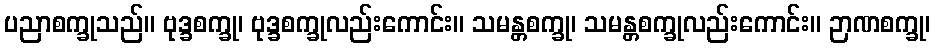
ပညာစက္ခုသည်။ ဗုဒ္ခစက္ခု၊ ဗုဒ္ခစက္ခုလည်းကောင်း။ သမန္တစက္ခု၊ သမန္တစက္ခုလည်းကောင်း။ ဉာဏစက္ခု၊